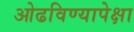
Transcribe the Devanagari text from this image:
ओढविण्यापेक्षा